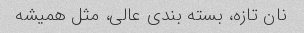
نان تازه، بسته بندی عالی، مثل همیشه